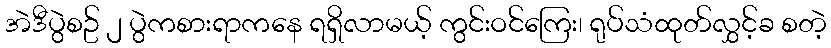
အဲဒီပွဲစဥ် ၂ ပွဲကစားရာကနေ ရရှိလာမယ့် ကွင်းဝင်ကြေး၊ ရုပ်သံထုတ်လွှင့်ခ စတဲ့